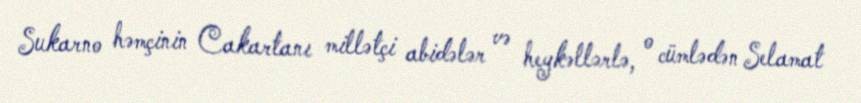
Sukarno həmçinin Cakartanı millətçi abidələr və heykəllərlə, o cümlədən Selamat